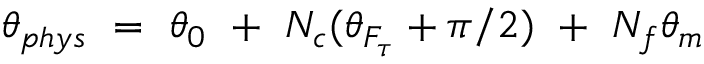
\theta _ { p h y s } ~ = ~ \theta _ { 0 } ~ + ~ N _ { c } ( \theta _ { F _ { \tau } } + \pi / 2 ) ~ + ~ N _ { f } \theta _ { m }